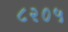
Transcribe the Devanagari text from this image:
८२०५